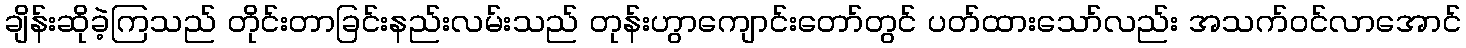
ချိန်းဆိုခဲ့ကြသည် တိုင်းတာခြင်းနည်းလမ်းသည် တုန်းဟွာကျောင်းတော်တွင် ပတ်ထားသော်လည်း အသက်ဝင်လာအောင်